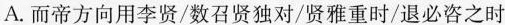
A.而帝方向用李贤/数百贤独对/贤雅重时/退必咨之时